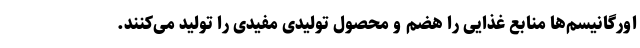
اورگانیسم‌ها منابع غذایی را هضم و محصول تولیدی مفیدی را تولید می‌کنند.